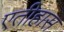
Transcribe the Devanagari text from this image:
एतीहास